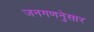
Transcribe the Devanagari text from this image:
जनगणनेुसार